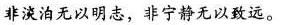
非淡泊无以明志，非宁静无以致远。